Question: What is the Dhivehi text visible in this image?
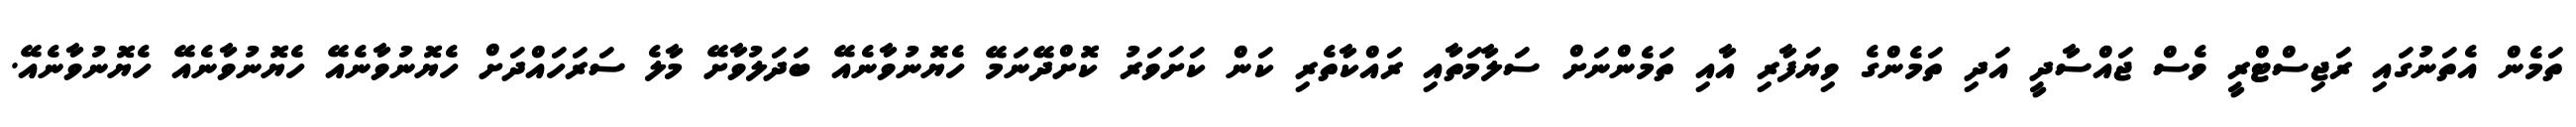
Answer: ތަމެން އެތަނުގައި ރަޖިސްޓްރީ ވެސް ޖައްސާދީ އަދި ތަމެންގެ ވިޔަފާރި އާއި ތަމެންނަށް ސަލާމަތާއި ރައްކާތެރި ކަން ކަށަވަރު ކޮށްދޭނަމޭ ހެޔޮނުވާނެއޭ ބަދަލުވާށޭ މާލެ ސަރަހައްދަށް ހެޔޮނުވާނެއޭ ހެޔޮނުވާނެއޭ ހެޔޮނުވާނެއޭ.